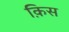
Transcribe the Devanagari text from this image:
क़िस